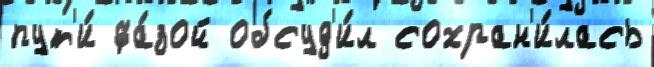
пут'и́ фа́зой обсуд'и́л сохран'и́лась